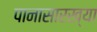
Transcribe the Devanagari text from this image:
पानासारख्या